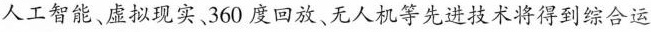
人工智能、虚拟现实、360 度回放、无人机等先进技术将得到综合运